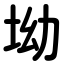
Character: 坳